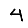
Digit: 4